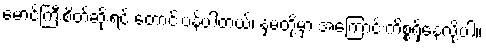
မောင်ကြီးစိတ်ဆိုးရင် တောင်းပန်ပါတယ်၊ နှမတို့မှာ အကြောင်းကိစ္စရှိနေလို့ပါ။